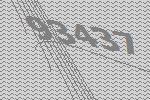
93437